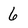
Character: 6